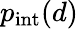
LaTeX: p_{\mathrm{int}}(d)